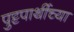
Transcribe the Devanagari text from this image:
पुट्टपार्थीच्या